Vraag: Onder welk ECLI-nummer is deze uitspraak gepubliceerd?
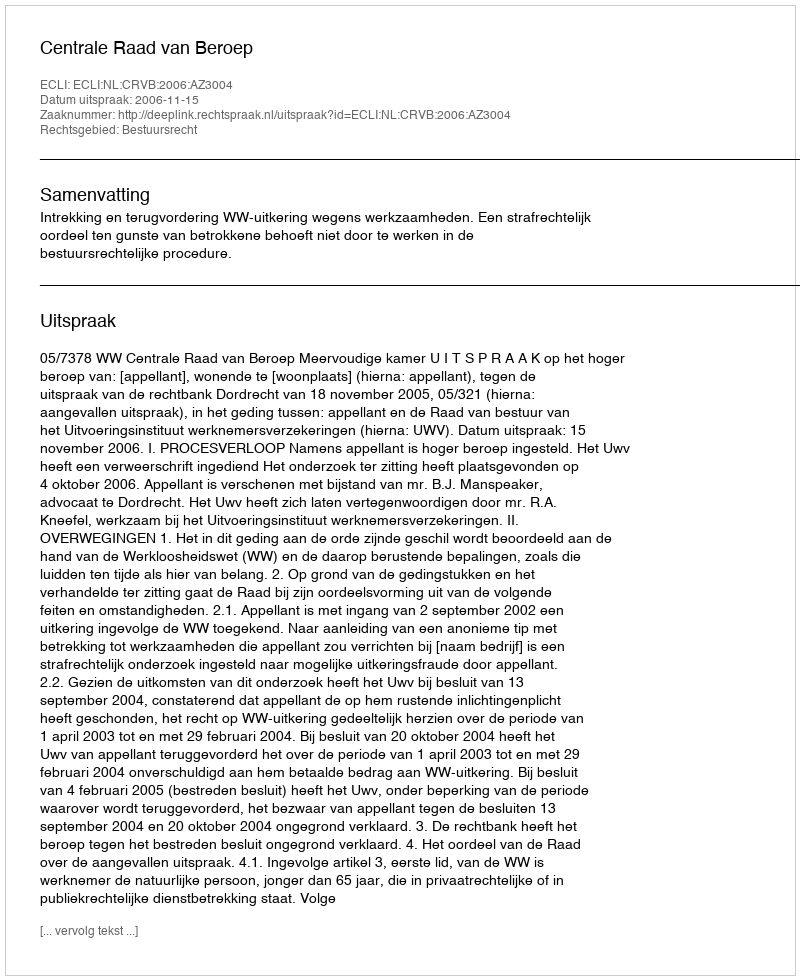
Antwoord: ECLI:NL:CRVB:2006:AZ3004